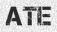
ATE